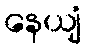
နေယျံ